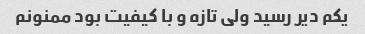
یکم دیر رسید ولی تازه و با کیفیت بود ممنونم